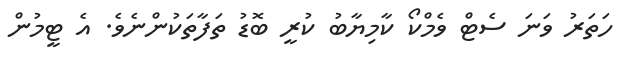
ހަތަރު ވަނަ ސެޓް ވެމްކޯ ކާމިޔާބު ކުރީ ބޮޑު ތަފާތަކުންނެވެ. އެ ޓީމުން